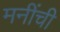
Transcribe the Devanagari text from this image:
मनींची